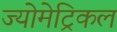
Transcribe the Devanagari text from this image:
ज्योमेट्रिकल